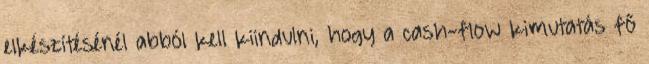
elkészítésénél abból kell kiindulni, hogy a cash-flow kimutatás fő